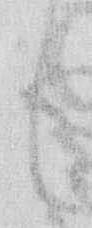
も